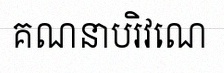
គណនាបរិវេណ